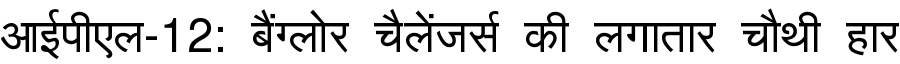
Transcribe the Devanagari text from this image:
आईपीएल-12: बैंग्लोर चैलेंजर्स की लगातार चौथी हार